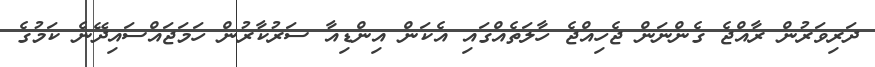
ދަރިވަރުން ރާއްޖެ ގެންނަން ޖެހިއްޖެ ހާލަތެއްގައި އެކަން އިންޑިއާ ސަރުކާރުން ހަމަޖައްސައިދޭނެ ކަމުގެ